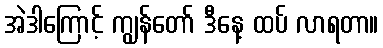
အဲဒါကြောင့် ကျွန်တော် ဒီနေ့ ထပ် လာရတာ။